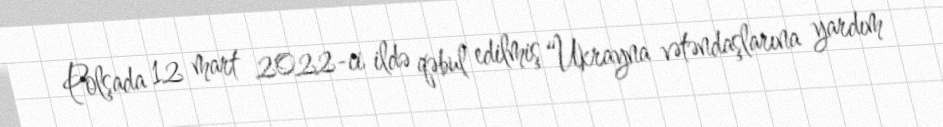
Polşada 12 mart 2022-ci ildə qəbul edilmiş “Ukrayna vətəndaşlarına yardım